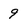
Character: 9